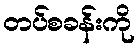
တပ်စခန်းကို